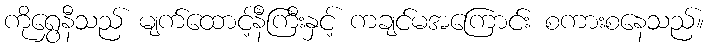
ကိုရွှေနီသည် မျက်ထောင့်နီကြီးနှင့် ကချင်မအကြောင်း စကားစနေသည်။